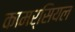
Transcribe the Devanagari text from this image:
कामर्सियल